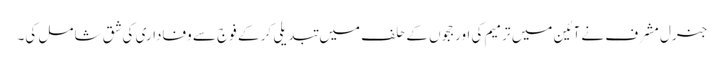
جنرل مشرف نے آئین میں ترمیم کی اور ججوں کے حلف میں تبدیلی کر کے فوج سے وفاداری کی شق شامل کی۔